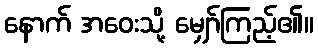
နောက် အဝေးသို့ မျှော်ကြည့်၏။